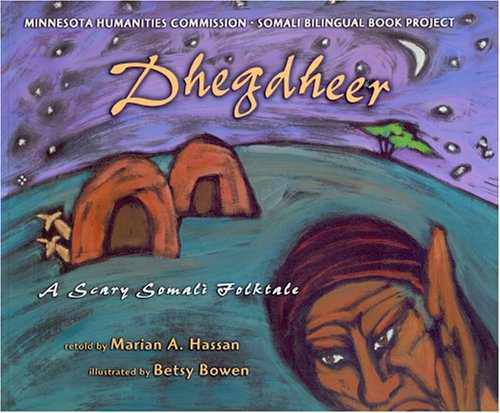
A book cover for Dhegdheer, A Scary Somali Folktale; Marian A. Hassan; Children's Books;